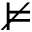
\nvDash